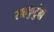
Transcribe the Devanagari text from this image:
सहकुटुंबी